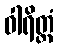
ဝါရိတ္တံ